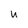
Character: u